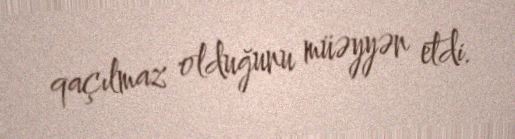
qaçılmaz olduğunu müəyyən etdi.